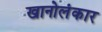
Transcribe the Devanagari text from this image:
खानोलंकार